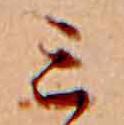
ミ